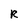
Character: R